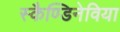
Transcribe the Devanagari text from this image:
स्कैण्डिनेविया